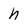
Character: h